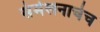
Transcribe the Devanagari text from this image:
संमेलनाचेच